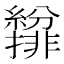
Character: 𫄐